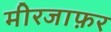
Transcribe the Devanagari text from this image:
मीरजाफ़र